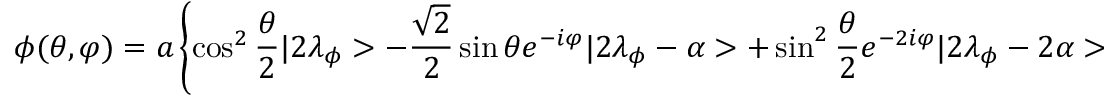
\phi ( \theta , \varphi ) = a \left\{ \cos ^ { 2 } \frac { \theta } { 2 } | 2 \lambda _ { \phi } > - \frac { \sqrt { 2 } } { 2 } \sin \theta e ^ { - i \varphi } | 2 \lambda _ { \phi } - \alpha > + \sin ^ { 2 } \frac { \theta } { 2 } e ^ { - 2 i \varphi } | 2 \lambda _ { \phi } - 2 \alpha > \right\} \, .